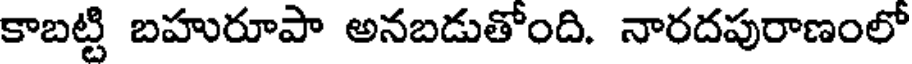
కాబట్టి బహురూపా అనబడుతోంది. నారదపురాణంలో